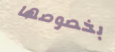
بخصوصها